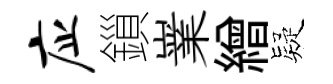
应鎻嶪繒疑